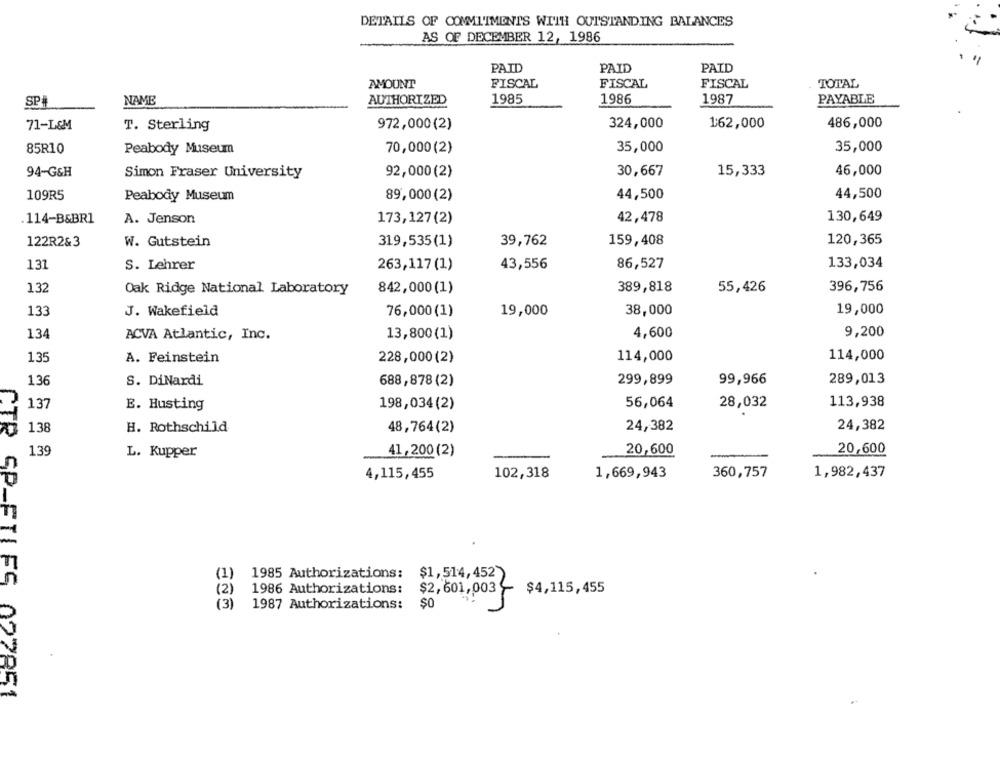
DETAILS OF COMMITMENTS WITH OUTSTANDING BALANCES
AS OF DECEMBER 12, 1986
PAID
PAID
PAID
AMOUNT
FISCAL
FISCAL
TOTAL
FISCAL
SPA
NAME
AUTHORIZED
1985
1986
1987
PAYABLE
71-L&M
T. Sterling
972,000(2)
324,000
1:62,000
486,000
85R10
Peabody Museum
70,000(2)
35,000
35,000
94-G&H
Simon Fraser University
92,000(2)
30,667
15,333
46,000
109R5
Peabody Museum
89,000 (2)
44,500
44,500
.114-B&BR1
A. Jenson
173,127(2)
42,478
130,649
122R2&3
W. Gutstein
319,535(1)
39,762
159,408
120,365
131
S. Lehrer
43,556
86,527
133,034
263,117 (1)
132
389,818
55,426
396,756
Oak Ridge National Laboratory
842,000(1)
133
J. Wakefield
19,000
38,000
19,000
76,000(1)
134
ACVA Atlantic, Inc.
13,800(1)
4,600
9,200
135
A. Feinstein
228,000(2)
114,000
114,000
99,966
1,36
S. DiNardi
688,878(2)
299,899
289,013
137
E. Husting
198,034(2)
56,064
28,032
113,938
138
H. Rothschild
48,764(2)
24,382
24,382
CTR
139
L. Kupper
41,200 (2)
20,600
20,600
4,115,455
102,318
1,669,943
360,757
1,982,437
(1)
1985 Authorizations:
$1,514,452
(2)
1986 Authorizations:
$2,601,003
$4,115,455
(3)
1987 Authorizations:
$0
027851